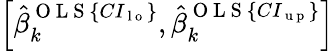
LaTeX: \left[\hat{\beta}_{k}^{\mathrm{~O~L~S~}\{ CI_{\mathrm{~l~o~}}\} },\hat{\beta}_{k}^{\mathrm{~O~L~S~}\{ CI_{\mathrm{~u~p~}}\} }\right]